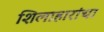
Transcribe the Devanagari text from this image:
शिलाहारांचा